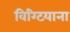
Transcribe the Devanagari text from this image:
विग्टियाना